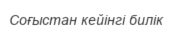
Соғыстан кейінгі билік